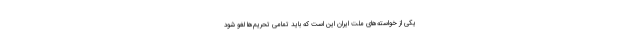
یکی از خواسته‌های ملت ایران این است که باید تمامی تحریم‌ها لغو شود